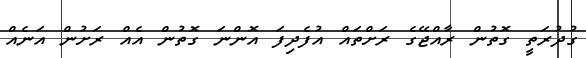
ގުދުރަތީ ގޮތުން ރާއްޖޭގެ ރަށްތައް އުފެދިފަ އޮންނަ ގޮތުން އެއް ރަށުން އަނެއް